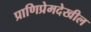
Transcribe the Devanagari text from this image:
प्राणिप्रेमदेखील